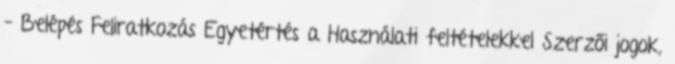
– Belépés Feliratkozás Egyetértés a Használati feltételekkel Szerzői jogok,